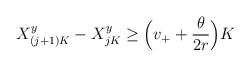
LaTeX: \begin{align*} X_{(j + 1)K}^y - X_{jK}^y \geq \Big( v_+ + \frac{\theta}{2 r} \Big)K \end{align*}